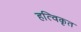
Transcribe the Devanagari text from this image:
हत्विकृत